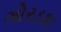
ગોરડકા